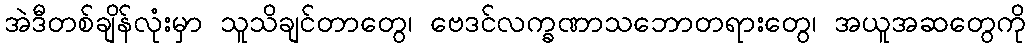
အဲဒီတစ်ချိန်လုံးမှာ သူသိချင်တာတွေ၊ ဗေဒင်လက္ခဏာသဘောတရားတွေ၊ အယူအဆတွေကို